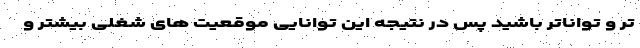
تر و تواناتر باشید پس در نتیجه این توانایی موقعیت های شغلی بیشتر و